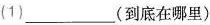
(1)___(到底在哪里)